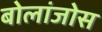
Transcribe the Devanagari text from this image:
बोलांजोस